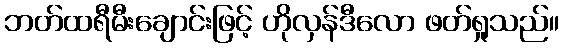
ဘတ်ထရီမီးချောင်းဖြင့် ဟိုလှန်ဒီလော ဖတ်ရှုသည်။